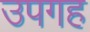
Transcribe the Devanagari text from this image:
उपगह